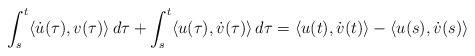
LaTeX: \begin{align*} \int_s^t\langle \dot u(\tau),v(\tau)\rangle\,d\tau +\int_s^t\langle u(\tau),\dot v(\tau)\rangle\,d\tau =\langle u(t),\dot v(t)\rangle-\langle u(s),\dot v(s)\rangle\end{align*}